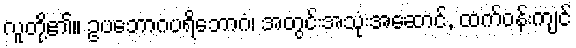
လူတို့၏။ ဥပဘောဂပရိဘောဂံ၊ အတွင်းအသုံးအဆောင်, ထက်ဝန်းကျင်